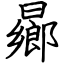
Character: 曏